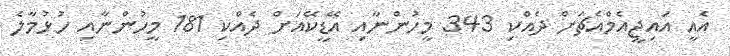
އެއީ އައިޖީއެމްއެޗަށް ދެއްކި 343 މީހުންނާއި އޭޑީކޭއަށް ދެއްކި 181 މީހުންނާއި ހުޅުމާލެ